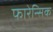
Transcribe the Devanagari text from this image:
फारेन्सिक